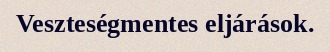
Veszteségmentes eljárások.